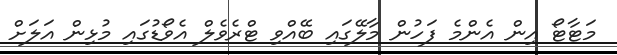
މަޓާޓޯ އިން އެންމެ ފަހުން މާލޭގައި ބޭއްވި ޓްރެވެލް އެވޯޑުގައި މުޅިން އަލަށް